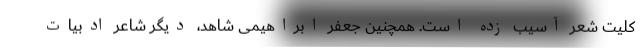
کلیت شعر آسیب زده است. همچنین جعفر ابراهیمی ‌شاهد، دیگر شاعر ادبیات